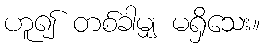
ဟူ၍ တစ်ခါမျှ မရှိသေး။